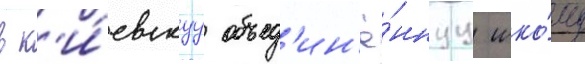
в к'и́евскуу объед'ин'ё́ннуу шко́лу